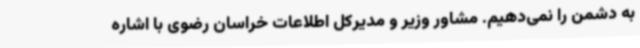
به دشمن را نمی‌دهیم. مشاور وزیر و مدیرکل اطلاعات خراسان رضوی با اشاره